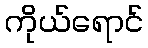
ကိုယ်ရောင်